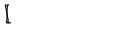
LaTeX: { \lfloor { \hspace { 0 . 3 5 p t } } \! \! \! \lceil \, }